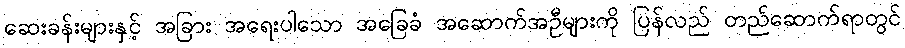
ဆေးခန်းများနှင့် အခြား အရေးပါသော အခြေခံ အဆောက်အဦများကို ပြန်လည် တည်ဆောက်ရာတွင်